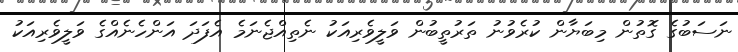
ނަސަބުގެ ގޮތުން މިބަޔާން ކުރެވުނު ތަރުތީބުން ވަލީވެރިއަކު ނެތިއްޖެނަމެ އެފަދަ އަންހެނެއްގެ ވަލީވެރިއަކު